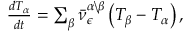
\begin{array} { r } { \frac { d T _ { \alpha } } { d t } = \sum _ { \beta } \bar { \nu } _ { \epsilon } ^ { \alpha \backslash \beta } \left( T _ { \beta } - T _ { \alpha } \right) , } \end{array}